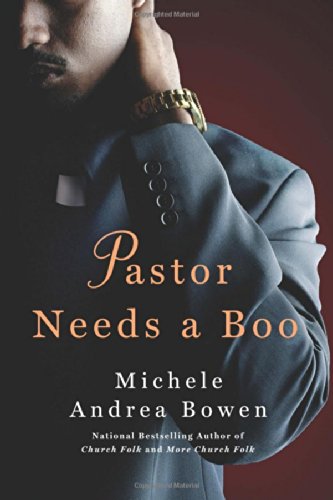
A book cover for Pastor Needs a Boo (Pastor's Aid Club); Michele Andrea Bowen; Romance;